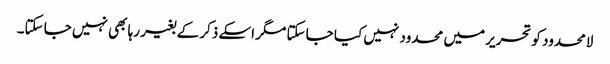
لامحدود کو تحریر میں محدود نہیں کیا جا سکتا مگر اسکے ذکر کے بغیر رہا بھی نہیں جا سکتا۔